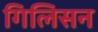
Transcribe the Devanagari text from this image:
गिलिसन